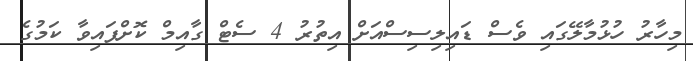
މިހާރު ހުޅުމާލޭގައި ވެސް ޑައިލިސިސްއަށް އިތުރު 4 ސެޓް ގާއިމް ކޮށްފައިވާ ކަމުގެ